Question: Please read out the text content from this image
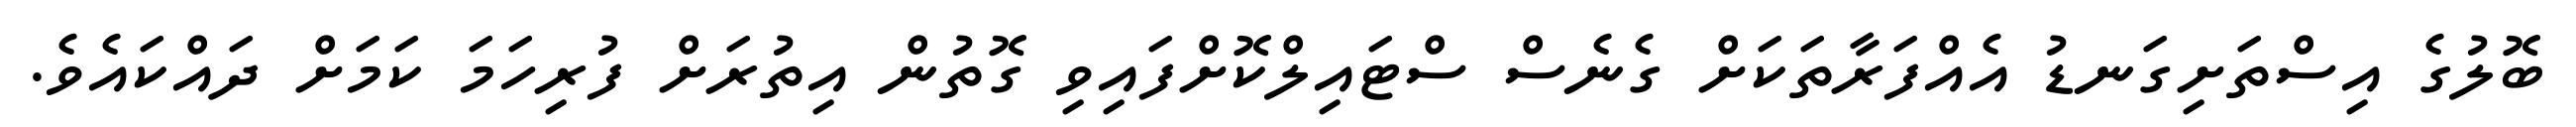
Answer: ބޮލުގެ އިސްތަށިގަނޑު އެއްފަރާތަކަށް ގެނެސް ސްޓައިލްކޮށްފައިވި ގޮތުން އިތުރަށް ފުރިހަމަ ކަމަށް ދައްކައެވެ.